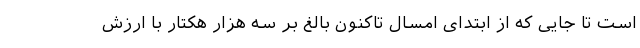
است تا جایی که از ابتدای امسال تاکنون بالغ بر سه هزار هکتار با ارزش